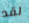
لقد